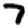
Digit: 7